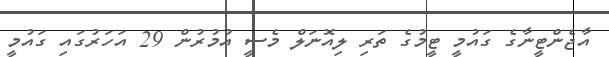
އާޖެންޓީނާގެ ގައުމީ ޓީމުގެ ތަރި ލިއޮނަލް މެސީ އުމުރުން 29 އަހަރުގައި ގައުމީ